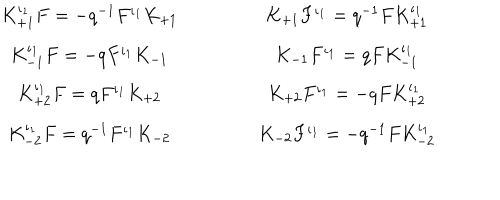
\begin{array} { c } { { K _ { + 1 } ^ { \iota _ { 1 } } F = - q ^ { - 1 } F ^ { \iota _ { 1 } } K _ { + 1 } } } \\ { { K _ { - 1 } ^ { \iota _ { 1 } } F = - q F ^ { \iota _ { 1 } } K _ { - 1 } } } \\ { { K _ { + 2 } ^ { \iota _ { 1 } } F = q F ^ { \iota _ { 1 } } K _ { + 2 } } } \\ { { K _ { - 2 } ^ { \iota _ { 1 } } F = q ^ { - 1 } F ^ { \iota _ { 1 } } K _ { - 2 } } } \\ \end{array} \qquad \qquad \begin{array} { c } { { K _ { + 1 } F ^ { \iota _ { 1 } } = q ^ { - 1 } F K _ { + 1 } ^ { \iota _ { 1 } } } } \\ { { K _ { - 1 } F ^ { \iota _ { 1 } } = q F K _ { - 1 } ^ { \iota _ { 1 } } } } \\ { { K _ { + 2 } F ^ { \iota _ { 1 } } = - q F K _ { + 2 } ^ { \iota _ { 1 } } } } \\ { { K _ { - 2 } F ^ { \iota _ { 1 } } = - q ^ { - 1 } F K _ { - 2 } ^ { \iota _ { 1 } } } } \\ \end{array}